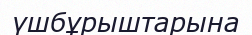
үшбұрыштарына